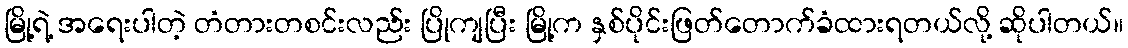
မြို့ရဲ့ အရေးပါတဲ့ တံတားတစင်းလည်း ပြိုကျပြီး မြို့က နှစ်ပိုင်းဖြတ်တောက်ခံထားရတယ်လို့ ဆိုပါတယ်။